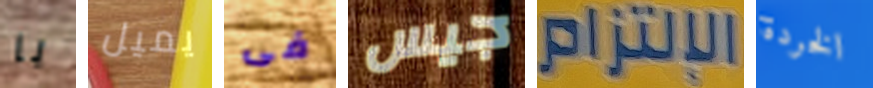
يا يميل فى جيس الإلتزام الخردة